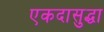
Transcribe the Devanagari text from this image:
एकदासुद्धा